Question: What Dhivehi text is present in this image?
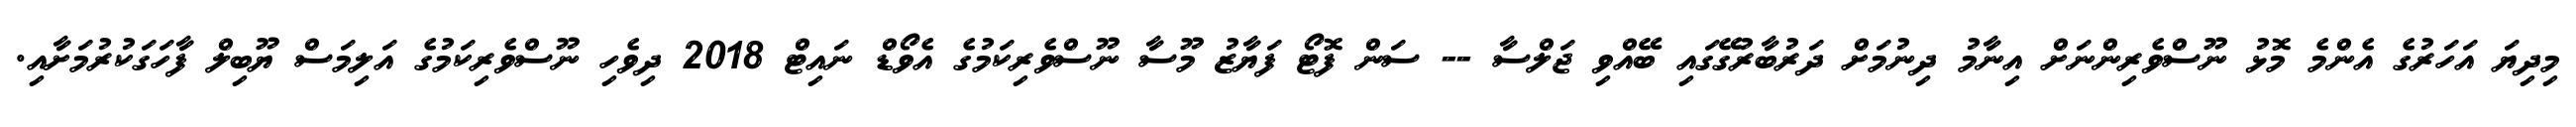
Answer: މިދިޔަ އަހަރުގެ އެންމެ މޮޅު ނޫސްވެރިންނަށް އިނާމު ދިނުމަށް ދަރުބާރުގޭގައި ބޭއްވި ޖަލްސާ -- ސަން ފޮޓޯ ފަޔާޒު މޫސާ ނޫސްވެރިކަމުގެ އެވޯޑް ނައިޓް 2018 ދިވެހި ނޫސްވެރިކަމުގެ އަލިމަސް ޔޫބިލް ފާހަގަކުރުމަށާއި.